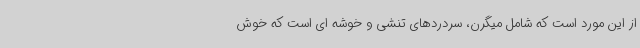
از این مورد است که شامل میگرن، سردردهای تنشی و خوشه ای است که خوش